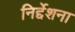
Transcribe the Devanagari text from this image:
निर्द्देशना